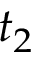
t _ { 2 }